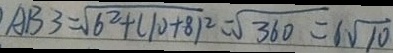
A B 3 = \sqrt { 6 ^ { 2 } + ( 1 0 + 8 ) ^ { 2 } } = \sqrt { 3 6 0 } = 6 \sqrt { 1 0 }